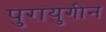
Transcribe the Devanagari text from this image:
पुरायुगीन